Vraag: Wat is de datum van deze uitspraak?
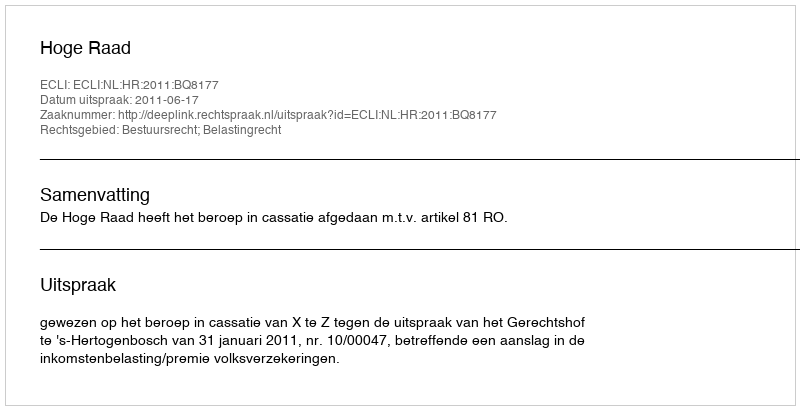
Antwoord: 2011-06-17